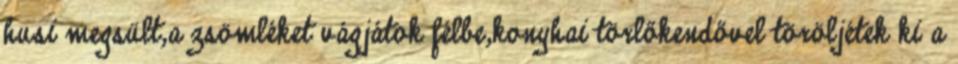
husi megsült,a zsömléket vágjátok félbe,konyhai törlőkendővel töröljétek ki a